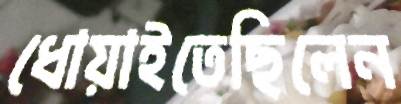
ধোয়াইতেছিলেন